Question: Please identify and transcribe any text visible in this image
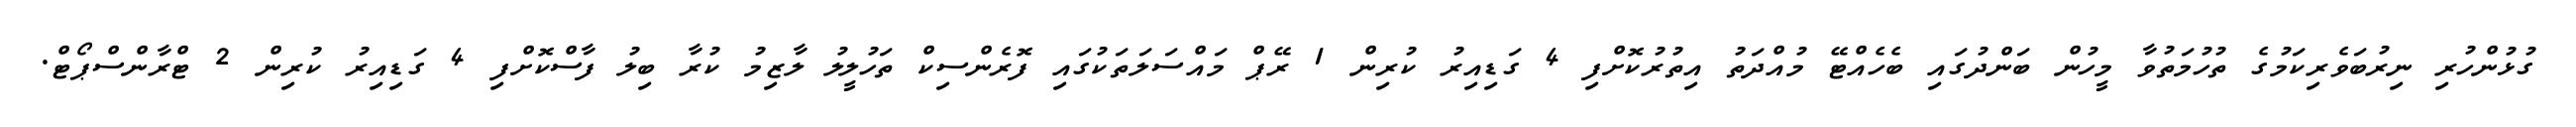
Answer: ގުޅުންހުރި ނިރުބަވެރިކަމުގެ ތުހުމަތުވާ މީހުން ބަންދުގައި ބެހެއްޓޭ މުއްދަތު އިތުރުކޮށްފި 4 ގަޑިއިރު ކުރިން 1 ރޭޕް މައްސަލަތަކުގައި ފޮރެންސިކް ތަހުލީލު ލާޒިމު ކުރާ ބިލު ފާސްކޮށްފި 4 ގަޑިއިރު ކުރިން 2 ޓްރާންސްޕޯޓް.